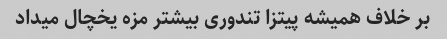
بر خلاف همیشه پیتزا تندوری بیشتر مزه یخچال میداد